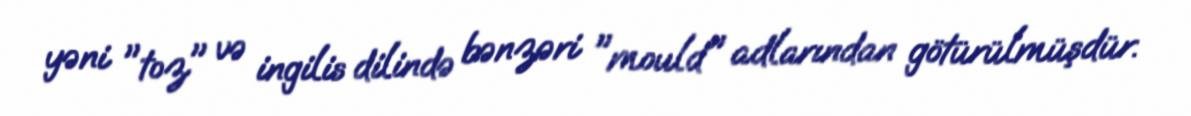
yəni "toz" və ingilis dilində bənzəri "mould" adlarından götürülmüşdür.